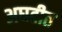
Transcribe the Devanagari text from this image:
अघटीत